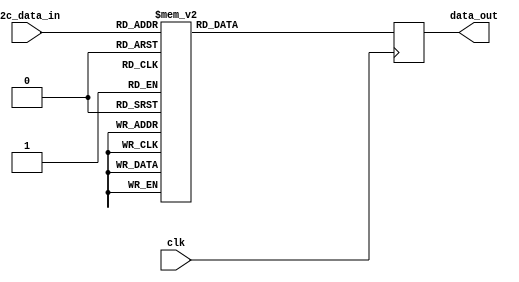
`timescale 1ns / 1ps

module bcd_to_binary(
    input clk,
    input [7:0] i2c_data_in,
    output reg [7:0] data_out
    );
    
    
    always @(posedge clk) begin
        case (i2c_data_in)
        8'b0000_0000: data_out = 0;     
        8'b0000_0001: data_out = 1;       
        8'b0000_0010: data_out = 2;     
        8'b0000_0011: data_out = 3;     
        8'b0000_0100: data_out = 4;     
        8'b0000_0101: data_out = 5;     
        8'b0000_0110: data_out = 6;     
        8'b0000_0111: data_out = 7;     
        8'b0000_1000: data_out = 8;     
        8'b0000_1001: data_out = 9;     
        
        8'b0001_0000: data_out = 10;    
        8'b0001_0001: data_out = 11;      
        8'b0001_0010: data_out = 12;    
        8'b0001_0011: data_out = 13;    
        8'b0001_0100: data_out = 14;    
        8'b0001_0101: data_out = 15;    
        8'b0001_0110: data_out = 16;    
        8'b0001_0111: data_out = 17;    
        8'b0001_1000: data_out = 18;    
        8'b0001_1001: data_out = 19;    

        8'b0010_0000: data_out = 20;     
        8'b0010_0001: data_out = 21;       
        8'b0010_0010: data_out = 22;     
        8'b0010_0011: data_out = 23;     
        8'b0010_0100: data_out = 24;     
        8'b0010_0101: data_out = 25;     
        8'b0010_0110: data_out = 26;     
        8'b0010_0111: data_out = 27;     
        8'b0010_1000: data_out = 28;     
        8'b0010_1001: data_out = 29;
                        
        8'b0011_0000: data_out = 30;     
        8'b0011_0001: data_out = 31;       
        8'b0011_0010: data_out = 32;     
        8'b0011_0011: data_out = 33;     
        8'b0011_0100: data_out = 34;     
        8'b0011_0101: data_out = 35;     
        8'b0011_0110: data_out = 36;     
        8'b0011_0111: data_out = 37;     
        8'b0011_1000: data_out = 38;     
        8'b0011_1001: data_out = 39;
        
        8'b0100_0000: data_out = 40;     
        8'b0100_0001: data_out = 41;       
        8'b0100_0010: data_out = 42;     
        8'b0100_0011: data_out = 43;     
        8'b0100_0100: data_out = 44;     
        8'b0100_0101: data_out = 45;     
        8'b0100_0110: data_out = 46;     
        8'b0100_0111: data_out = 47;     
        8'b0100_1000: data_out = 48;     
        8'b0100_1001: data_out = 49;

        8'b0101_0000: data_out = 50;     
        8'b0101_0001: data_out = 51;       
        8'b0101_0010: data_out = 52;     
        8'b0101_0011: data_out = 53;     
        8'b0101_0100: data_out = 54;     
        8'b0101_0101: data_out = 55;     
        8'b0101_0110: data_out = 56;     
        8'b0101_0111: data_out = 57;     
        8'b0101_1000: data_out = 58;     
        8'b0101_1001: data_out = 59;        
        
        8'b0110_0000: data_out = 60;     
        8'b0110_0001: data_out = 61;       
        8'b0110_0010: data_out = 62;     
        8'b0110_0011: data_out = 63;     
        8'b0110_0100: data_out = 64;     
        8'b0110_0101: data_out = 65;     
        8'b0110_0110: data_out = 66;     
        8'b0110_0111: data_out = 67;     
        8'b0110_1000: data_out = 68;     
        8'b0110_1001: data_out = 69;

        8'b0111_0000: data_out = 70;     
        8'b0111_0001: data_out = 71;       
        8'b0111_0010: data_out = 72;     
        8'b0111_0011: data_out = 73;     
        8'b0111_0100: data_out = 74;     
        8'b0111_0101: data_out = 75;     
        8'b0111_0110: data_out = 76;     
        8'b0111_0111: data_out = 77;     
        8'b0111_1000: data_out = 78;     
        8'b0111_1001: data_out = 79;        

        8'b1000_0000: data_out = 80;     
        8'b1000_0001: data_out = 81;       
        8'b1000_0010: data_out = 82;     
        8'b1000_0011: data_out = 83;     
        8'b1000_0100: data_out = 84;     
        8'b1000_0101: data_out = 85;     
        8'b1000_0110: data_out = 86;     
        8'b1000_0111: data_out = 87;     
        8'b1000_1000: data_out = 88;     
        8'b1000_1001: data_out = 89;        
        
        8'b1001_0000: data_out = 90;     
        8'b1001_0001: data_out = 91;       
        8'b1001_0010: data_out = 92;     
        8'b1001_0011: data_out = 93;     
        8'b1001_0100: data_out = 94;     
        8'b1001_0101: data_out = 95;     
        8'b1001_0110: data_out = 96;     
        8'b1001_0111: data_out = 97;     
        8'b1001_1000: data_out = 98;     
        8'b1001_1001: data_out = 99;        
                                              
        default: data_out = 0;
        endcase    
    end
endmodule